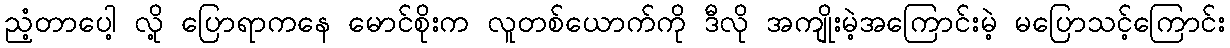
ညံ့တာပေါ့ လို့ ပြောရာကနေ မောင်စိုးက လူတစ်ယောက်ကို ဒီလို အကျိုးမဲ့အကြောင်းမဲ့ မပြောသင့်ကြောင်း